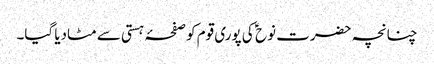
چنانچہ حضرت نوح ؑ کی پوری قوم کو صفحۂ ہستی سے مٹادیا گیا۔